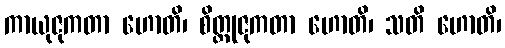
ကာယုဇုကတာ ဟောတိ၊ စိတ္တုဇုကတာ ဟောတိ၊ သတိ ဟောတိ၊